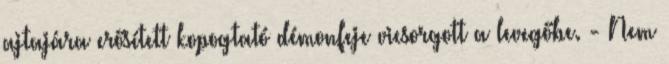
ajtajára erősített kopogtató démonfeje vicsorgott a levegőbe. - Nem